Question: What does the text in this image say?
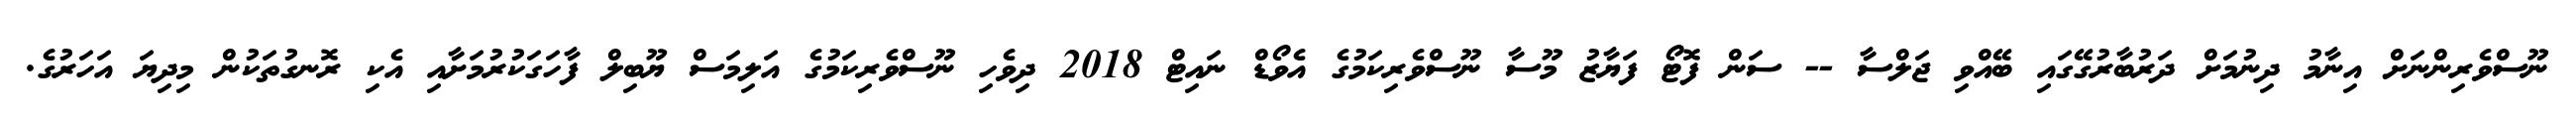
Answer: ނޫސްވެރިންނަށް އިނާމު ދިނުމަށް ދަރުބާރުގޭގައި ބޭއްވި ޖަލްސާ -- ސަން ފޮޓޯ ފަޔާޒު މޫސާ ނޫސްވެރިކަމުގެ އެވޯޑް ނައިޓް 2018 ދިވެހި ނޫސްވެރިކަމުގެ އަލިމަސް ޔޫބިލް ފާހަގަކުރުމަށާއި އެކި ރޮނގުތަކުން މިދިޔަ އަހަރުގެ.